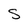
Character: S